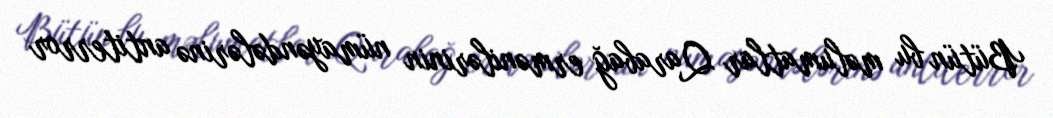
Bütün bu məlumatlar Qarabağ ermənilərinin nümayəndələrinə antiterror